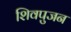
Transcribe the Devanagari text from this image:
शिवपुजन